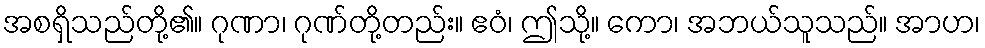
အစရှိသည်တို့၏။ ဂုဏာ၊ ဂုဏ်တို့တည်း။ ဧဝံ၊ ဤသို့။ ကော၊ အဘယ်သူသည်။ အာဟ၊